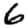
Digit: 6